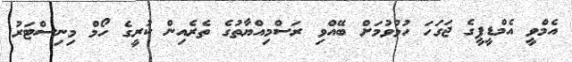
އެމްވީ އެމްޑީޕީގެ ޖަގަހަ ހުޅުވުމަށް ބޭއްވި ރަސްމިއްޔާތުގެ ތެރެއިން ކުރީގެ ހޯމް މިނިސްޓަރު